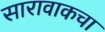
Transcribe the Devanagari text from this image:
सारावाकचा